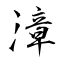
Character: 漳